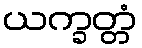
ယက္ခတ္တံ